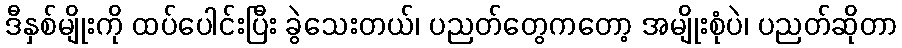
ဒီနှစ်မျိုးကို ထပ်ပေါင်းပြီး ခွဲသေးတယ်၊ ပညတ်တွေကတော့ အမျိုးစုံပဲ၊ ပညတ်ဆိုတာ